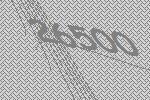
26500